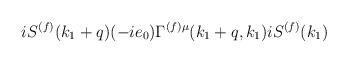
LaTeX: \begin{align*}iS^{(f)}(k_1+q)(-ie_0)\Gamma^{(f)\mu}(k_1+q,k_1)iS^{(f)}(k_1)\end{align*}